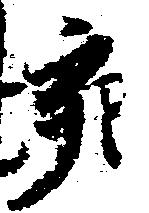
亥